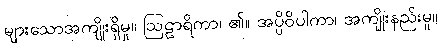
များသောအကျိုးရှိမှု။ ဩဠာရိကာ၊ ၏။ အပ္ပိဝိပါကာ၊ အကျိုးနည်းမူ။